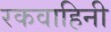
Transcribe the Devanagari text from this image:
रकवाहिनी